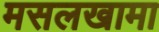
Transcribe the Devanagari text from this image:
मसलखामा